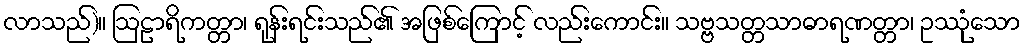
လာသည်)။ ဩဠာရိကတ္တာ၊ ရုန်းရင်းသည်၏ အဖြစ်ကြောင့် လည်းကောင်း။ သဗ္ဗသတ္တသာဓာရဏတ္တာ၊ ဥဿုံသော